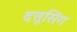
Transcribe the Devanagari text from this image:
दत्तूसिंग